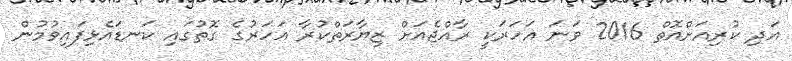
އަދި ކުރިއަށްއޮތް 2016 ވަނަ އަހަރަކީ ރާއްޖެއަށް ޒިޔާރަތްކުރާ އަހަރުގެ ގޮތުގައި ކަނޑައެޅިފައިވުމުން